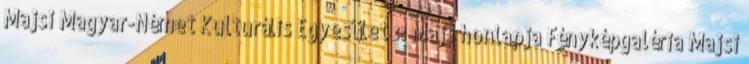
Majsi Magyar-Német Kulturális Egyesület :: Majs honlapja Fényképgaléria Majsi